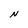
Character: N